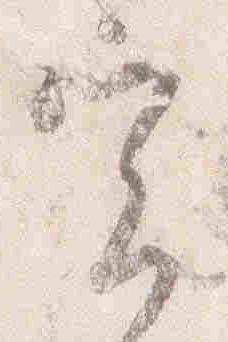
実